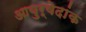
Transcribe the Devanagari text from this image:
आयुर्वेदांक